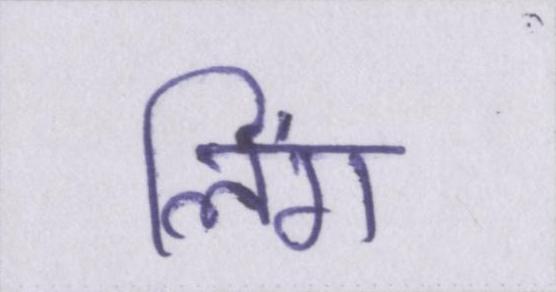
लिंग